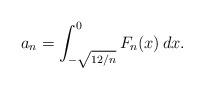
LaTeX: \begin{align*} a_n = \int_{- \sqrt{12 / n}}^0 F_n( x ) \, dx.\end{align*}